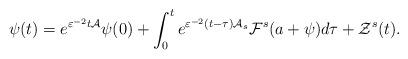
LaTeX: \begin{align*}\psi (t)=e^{\varepsilon ^{-2}t\mathcal{A}}\psi(0)+\int_{0}^{t}e^{\varepsilon ^{-2}(t-\tau )\mathcal{A}_{s}}\mathcal{F}^{s}(a+\psi )d\tau +\mathcal{Z}^{s}(t). \end{align*}